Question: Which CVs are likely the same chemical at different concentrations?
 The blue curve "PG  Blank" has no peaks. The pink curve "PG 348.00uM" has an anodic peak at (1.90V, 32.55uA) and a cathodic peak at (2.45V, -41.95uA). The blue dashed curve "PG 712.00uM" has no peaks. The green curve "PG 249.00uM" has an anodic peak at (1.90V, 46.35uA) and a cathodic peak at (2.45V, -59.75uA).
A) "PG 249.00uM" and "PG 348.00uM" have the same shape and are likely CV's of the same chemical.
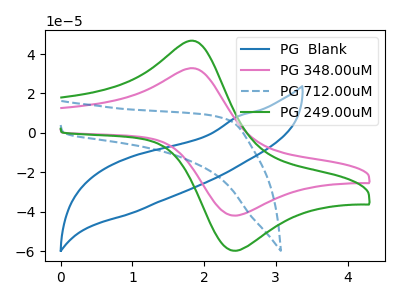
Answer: <think>"PG  Blank" and "PG 348.00uM" have a different number of peaks. Neither "PG  Blank" or "PG 712.00uM" have any peaks. "PG  Blank" and "PG 249.00uM" have a different number of peaks. "PG 348.00uM" and "PG 712.00uM" have a different number of peaks. All the peaks in "PG 348.00uM" have a peak in "PG 249.00uM" at the same potential. Every peak in "PG 348.00uM" is lower than every peak in "PG 249.00uM". "PG 712.00uM" and "PG 249.00uM" have a different number of peaks.
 </think>
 <answer>A) "PG 249.00uM" and "PG 348.00uM" have the same shape and are likely CV's of the same chemical.</answer>
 <eval>A</eval>